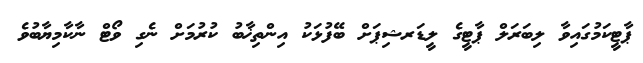
ޕާޓީކަމުގައިވާ ލިބަރަލް ޕާޓީގެ ލީޑަރޝިޕަށް ބޭފުޅަކު އިންތިޚާބު ކުރުމަށް ނެގި ވޯޓް ނާކާމިޔާބުވެ